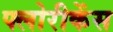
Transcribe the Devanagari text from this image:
फ्लोरीकेंस